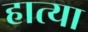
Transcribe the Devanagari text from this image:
हात्या